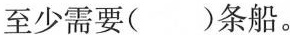
至少需要（）条船。